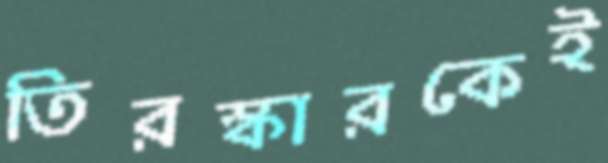
তিরস্কারকেই